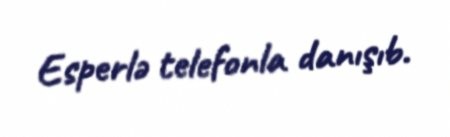
Esperlə telefonla danışıb.